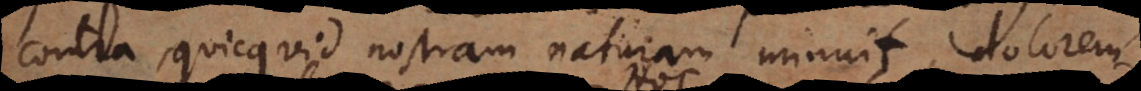
contra, quicquid nostram naturam minuit, dolorem